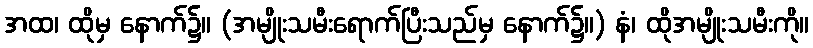
အထ၊ ထိုမှ နောက်၌။ (အမျိုးသမီးရောက်ပြီးသည်မှ နောက်၌။) နံ၊ ထိုအမျိုးသမီးကို။